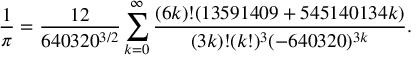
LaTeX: { \frac { 1 } { \pi } } = { \frac { 1 2 } { 6 4 0 3 2 0 ^ { 3 / 2 } } } \sum _ { k = 0 } ^ { \infty } { \frac { ( 6 k ) ! ( 1 3 5 9 1 4 0 9 + 5 4 5 1 4 0 1 3 4 k ) } { ( 3 k ) ! ( k ! ) ^ { 3 } ( - 6 4 0 3 2 0 ) ^ { 3 k } } } .